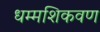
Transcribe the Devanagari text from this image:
धम्मशिकवण